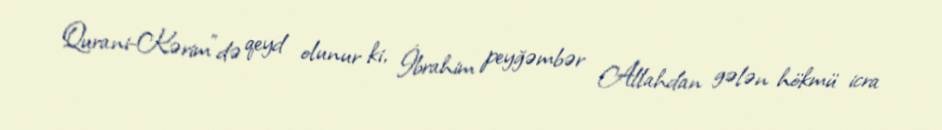
Qurani-Kərim"də qeyd olunur ki, İbrahim peyğəmbər Allahdan gələn hökmü icra